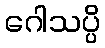
ဂေါသပ္ပိ